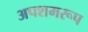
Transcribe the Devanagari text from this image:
अपशमरूप